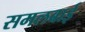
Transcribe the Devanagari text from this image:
समलबाई